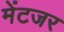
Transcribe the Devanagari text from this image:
मेंटजर